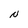
Character: N